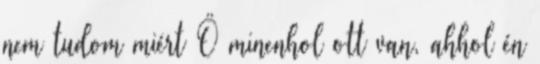
nem tudom miért Ö minenhol ott van, ahhol én